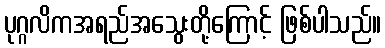
ပုဂ္ဂလိကအရည်အသွေးတို့ကြောင့် ဖြစ်ပါသည်။